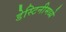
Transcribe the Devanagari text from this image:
डेस्टिनीमध्ये